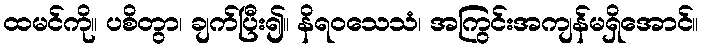
ထမင်ကို။ ပစိတွာ၊ ချက်ပြီး၍။ နိရဝသေသံ၊ အကြွင်းအကျန်မရှိအောင်။